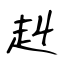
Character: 赳